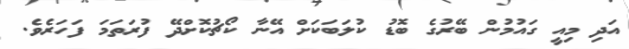
އަދި މިއީ ގައުމުން ބޭރުގެ ބޮޑު ކުލަބަކަށް އޭނާ ކޯޗުކޮށްދޭ ފުރަތަމަ ފަހަރެވެ.